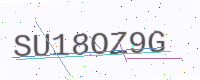
Text: SU18OZ9G